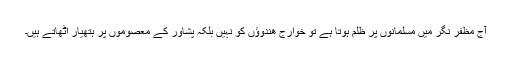
آج مظفر نگر میں مسلمانوں پر ظلم ہوتا ہے تو خوارج ھندوؤں کو نہیں بلکہ پشاور کے معصوموں پر ہتھیار اٹھاتے ہیں۔